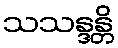
သသန္ဒန္တိ